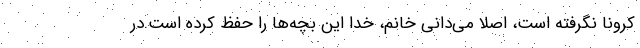
کرونا نگرفته است، اصلا می‌دانی خانم، خدا این بچه‌ها را حفظ کرده است.در